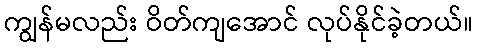
ကျွန်မလည်း ဝိတ်ကျအောင် လုပ်နိုင်ခဲ့တယ်။